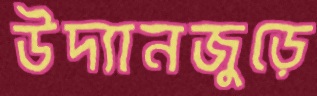
উদ্যানজুড়ে